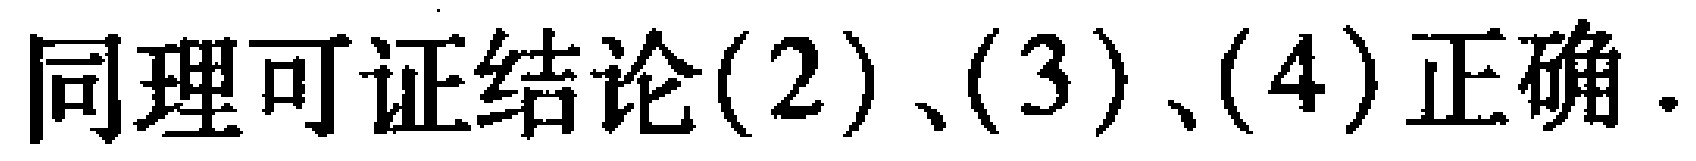
同理可证结论(2)、(3)、(4)正确.